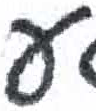
אות: ע